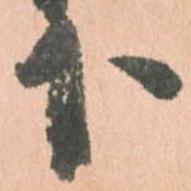
下